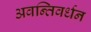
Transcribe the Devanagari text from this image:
अवन्तिवर्धन